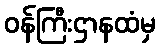
ဝန်ကြီးဌာနထံမှ